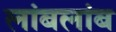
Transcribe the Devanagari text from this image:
लांबलांब